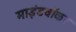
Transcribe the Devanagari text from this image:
माइंडवॉकर